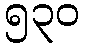
၅၃၀